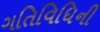
ગતિવિધિની